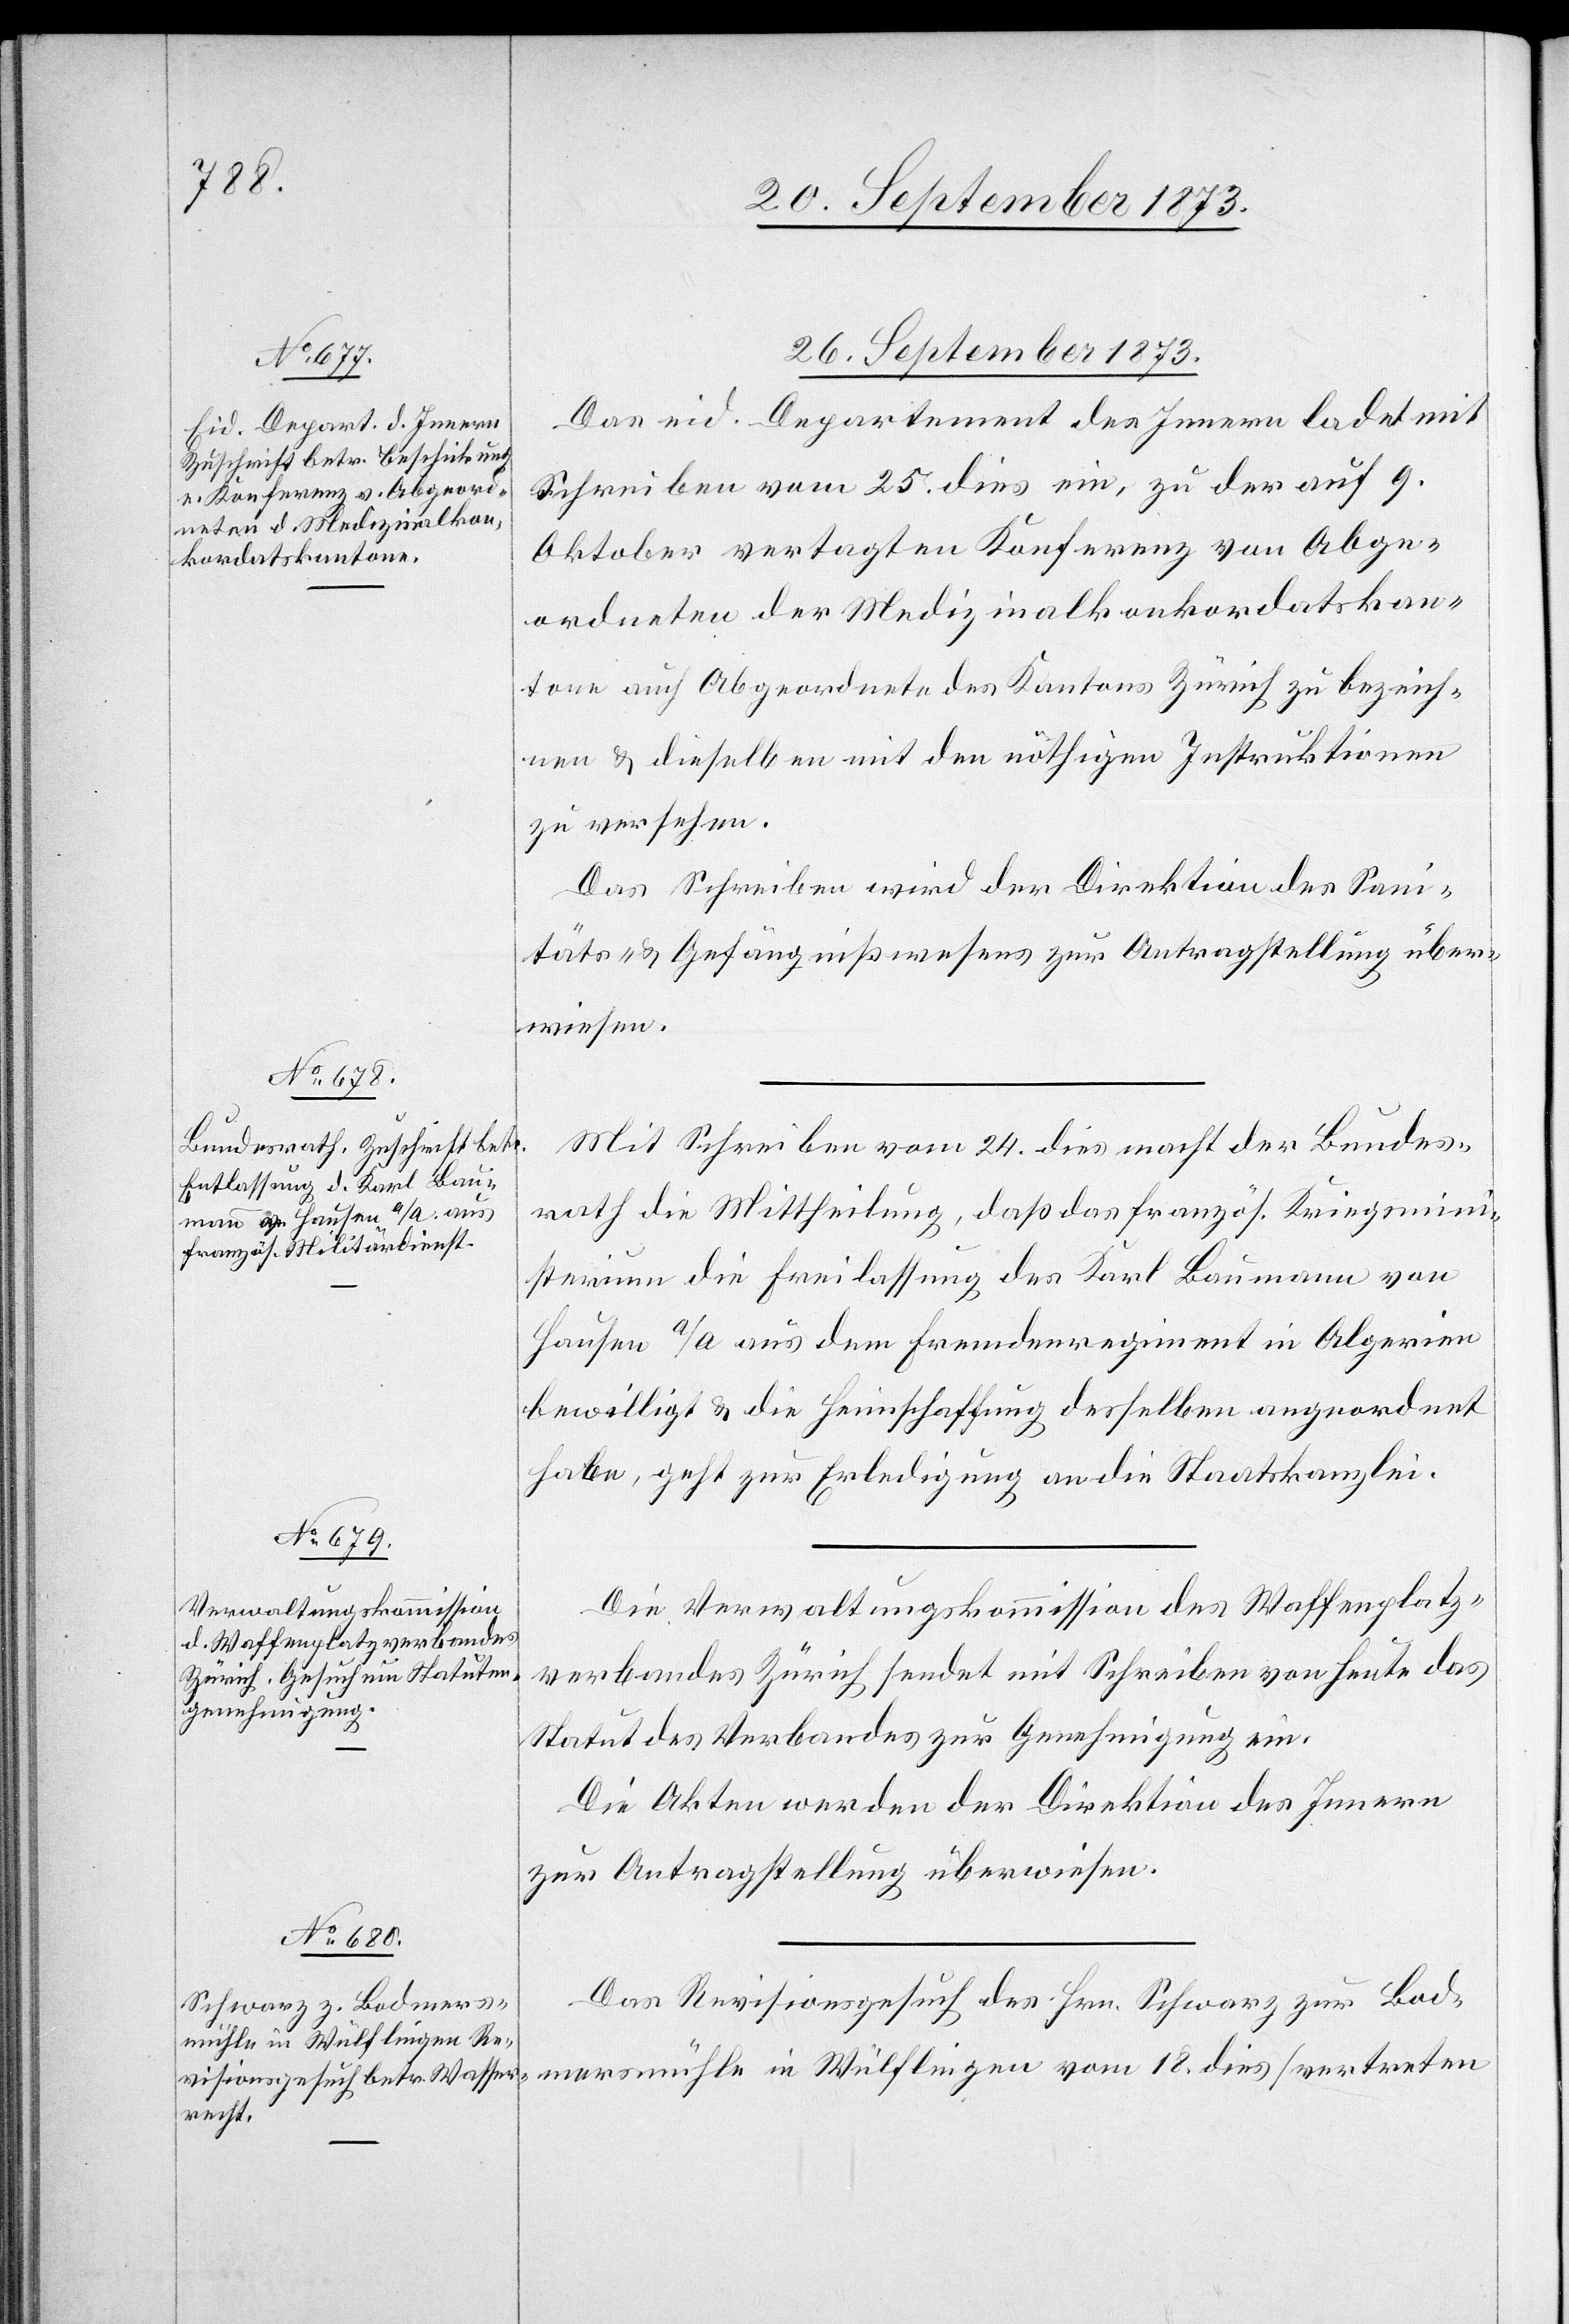
26. September 1873.]
26. September 1873.
Das eid. Departement des Innern ladet mit
Schreiben vom 25. dies ein, zu der auf 9.
Oktober vertagten Konferenz von Abge¬
ordneten der Medizinalkonkordatskan¬
tone auch Abgeordnete des Kantons Zürich zu bezeich¬
nen & dieselben mit den nöthigen Instruktionen
zu versehen.
Das Schreiben wird der Direktion des Sani¬
täts- & Gefängnißwesens zur Antragstellung über¬
wiesen.
Mit Schreiben vom 24. dies macht der Bundes¬
rath die Mittheilung, daß das französ. Kriegsmini¬
sterium die Freilassung des Karl Baumann von
Hausen a/A aus dem Fremdenregiment in Algerien
bewilligt & die Heimschaffung desselben angeordnet
habe, geht zur Erledigung an die Staatskanzlei
Die Verwaltungskommission des Waffenplatz¬
verbandes Zürich sendet mit Schreiben von heute das
Statut des Verbandes zur Genehmigung ein.
Die Akten werden der Direktion des Innern
zur Antragstellung überwiesen.
Das Revisionsgesuch des Hrn. Schwarz zur Bod¬
mersmühle in Wülflingen vom 18. dies [vertreten